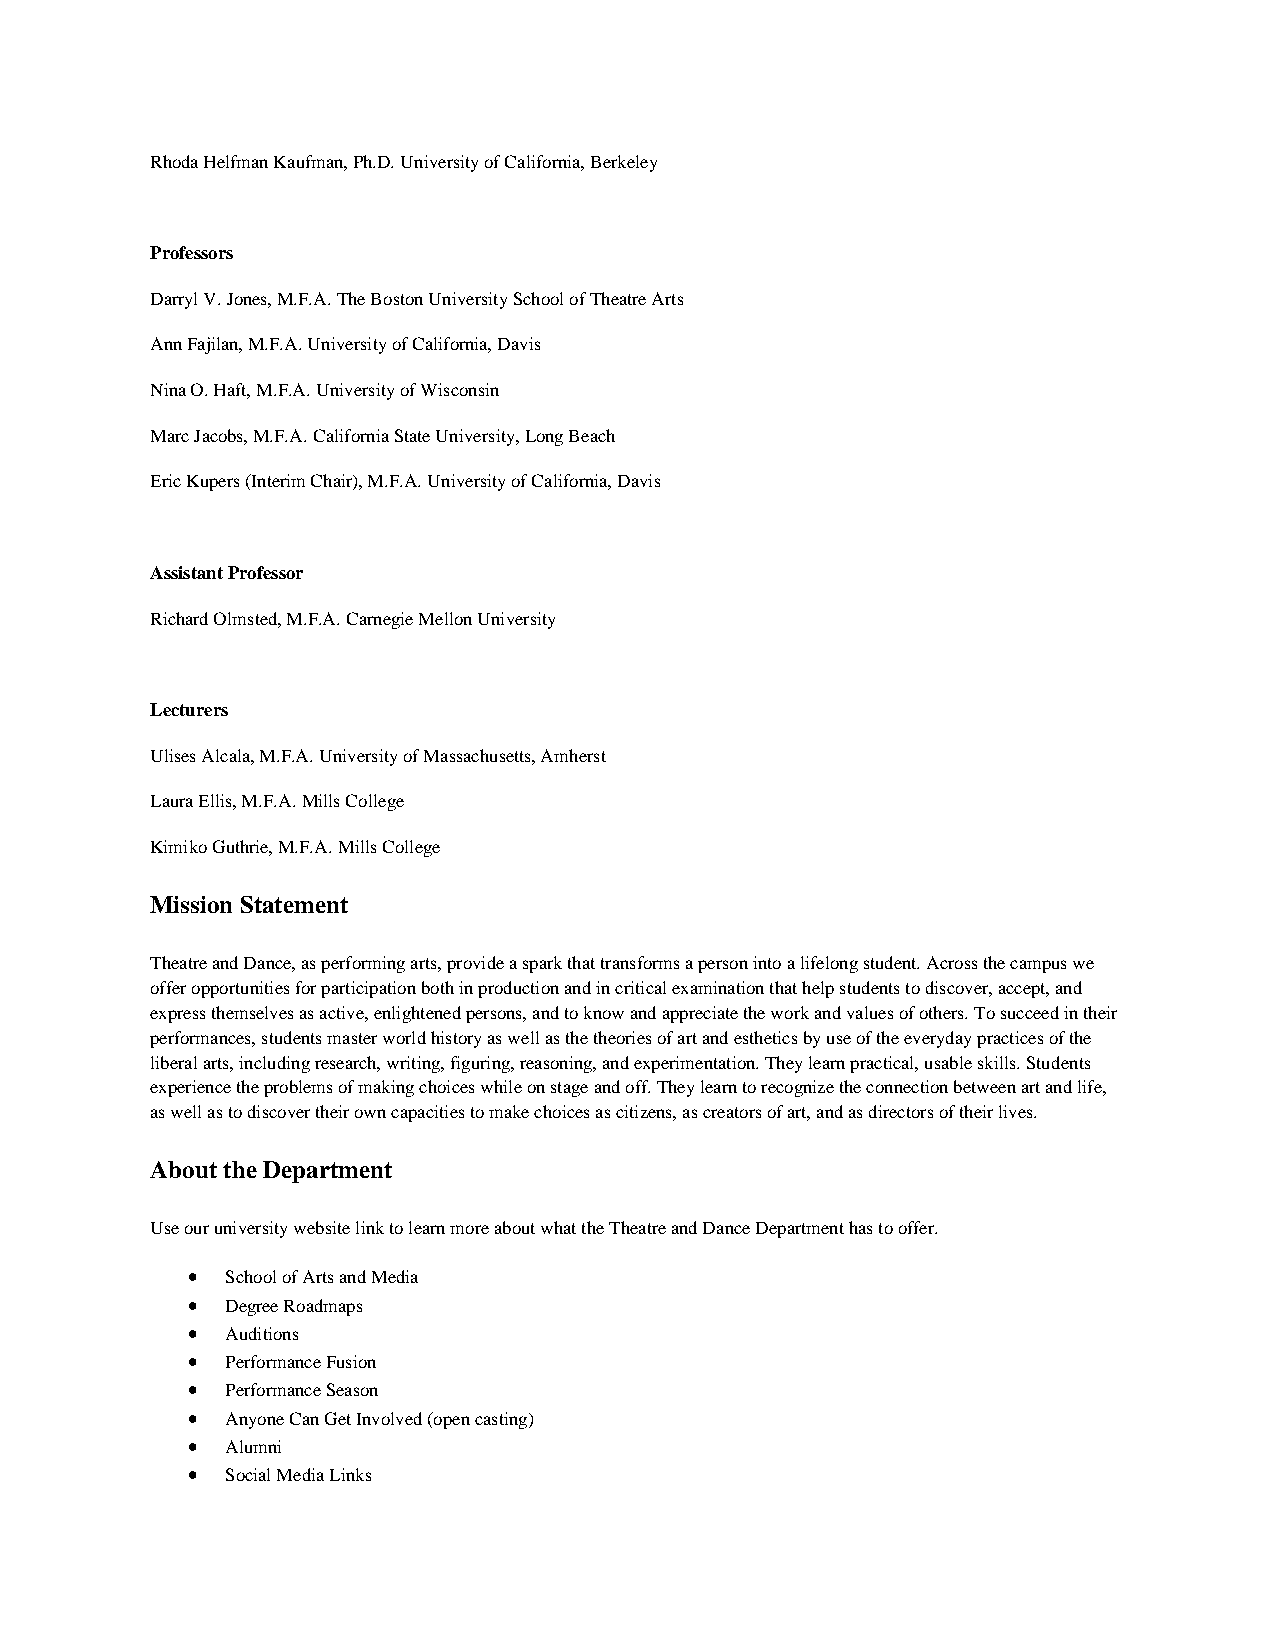
Rhoda Helfman Kaufman, Ph.D. University of California, Berkeley
 Professors
 Darryl V. Jones, M.F.A. The Boston University School of Theatre Arts
 Ann Fajilan, M.F.A. University of California, Davis
 Nina O. Haft, M.F.A. University of Wisconsin
 Marc Jacobs, M.F.A. California State University, Long Beach
 Eric Kupers (Interim Chair), M.F.A. University of California, Davis
 Assistant Professor
 Richard Olmsted, M.F.A. Carnegie Mellon University
 Lecturers
 Ulises Alcala, M.F.A. University of Massachusetts, Amherst
 Laura Ellis, M.F.A. Mills College
 Kimiko Guthrie, M.F.A. Mills College
 Mission Statement
 Theatre and Dance, as performing arts, provide a spark that transforms a person into a lifelong student. Across the campus we
 offer opportunities for participation both in production and in critical examination that help students to discover, accept, and
 express themselves as active, enlightened persons, and to know and appreciate the work and values of others. To succeed in their
 performances, students master world history as well as the theories of art and esthetics by use of the everyday practices of the
 liberal arts, including research, writing, figuring, reasoning, and experimentation. They learn practical, usable skills. Students
 experience the problems of making choices while on stage and off. They learn to recognize the connection between art and life,
 as well as to discover their own capacities to make choices as citizens, as creators of art, and as directors of their lives.
 About the Department
 Use our university website link to learn more about what the Theatre and Dance Department has to offer.
 •  School of Arts and Media
 •  Degree Roadmaps
 •  Auditions
 •  Performance Fusion
 •  Performance Season
 •  Anyone Can Get Involved (open casting)
 •  Alumni
 •  Social Media Links